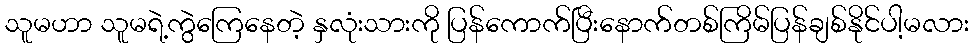
သူမဟာ သူမရဲ့ကွဲကြေနေတဲ့ နှလုံးသားကို ပြန်ကောက်ပြီးနောက်တစ်ကြိမ်ပြန်ချစ်နိုင်ပါ့မလား